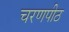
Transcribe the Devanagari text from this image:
चरणपीठ